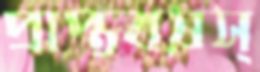
প্রাপ্তবয়স্